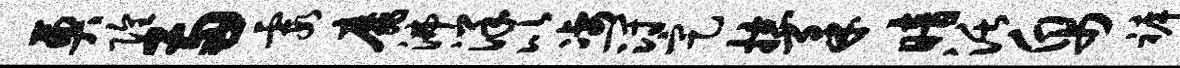
奠隍两霞靡沸洋比凄冠定掠柔暗活帛裤